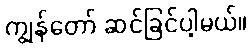
ကျွန်တော် ဆင်ခြင်ပါ့မယ်။